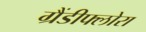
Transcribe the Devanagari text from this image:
ग्रैंडीफ्लोरा